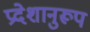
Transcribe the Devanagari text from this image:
प्रदेशानुरूप